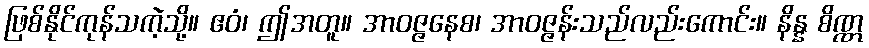
ဖြစ်နိုင်ကုန်သကဲ့သို့။ ဧဝံ၊ ဤအတူ။ အာဝဇ္ဇနေစ၊ အာဝဇ္ဇန်းသည်လည်းကောင်း။ နိန္န စိဏ္ဏ